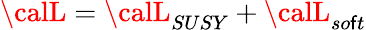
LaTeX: {\calL}={\calL}_{{SUSY}}+{\calL}_{{so\mathsf{f}t}}